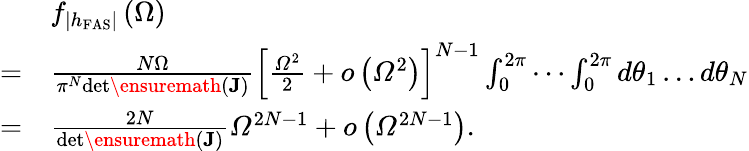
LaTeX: \begin{array}{rl}&{f_{\left|h_{\mathrm{FAS}}\right|}\left(\Omega\right)}\\ {=}&{\frac{N\Omega}{\pi^{N}\mathrm{{det}\ensuremath{\left(\boldsymbol{J}\right)}}}\left[\frac{\varOmega^{2}}{2}+o\left(\varOmega^{2}\right)\right]^{N-1}\int_{0}^{2\pi}\cdots\int_{0}^{2\pi}d\theta_{1}\ldots d\theta_{N}}\\ {=}&{\frac{2N}{\mathrm{{det}\ensuremath{\left(\boldsymbol{J}\right)}}}\varOmega^{2N-1}+o\left(\varOmega^{2N-1}\right).}\end{array}